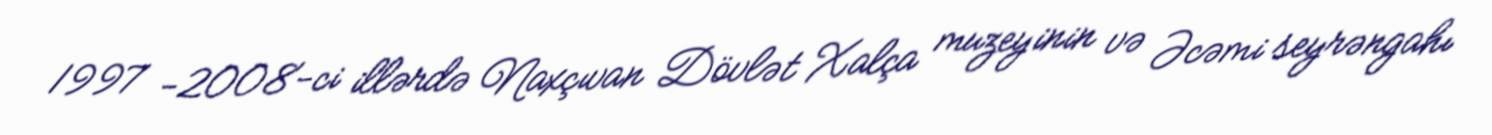
1997 −2008-ci illərdə Naxçıvan Dövlət Xalça muzeyinin və Əcəmi seyrəngahı